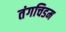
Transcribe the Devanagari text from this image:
तंगचिडम